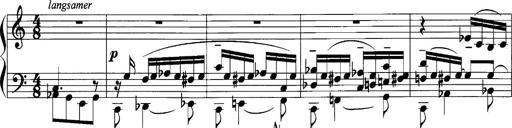
Title: Sonatina No.1
Composer: Otto Stoll
Key: C major